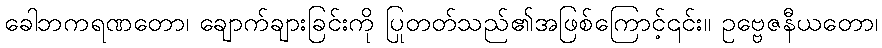
ခေါဘကရဏတော၊ ချောက်ချားခြင်းကို ပြုတတ်သည်၏အဖြစ်ကြောင့်၎င်း။ ဥဗ္ဗေဇနီယတော၊